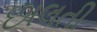
છાલતી